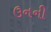
ઉનની